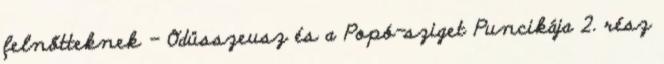
felnőtteknek - Odüsszeusz és a Popó-sziget Puncikája 2. rész